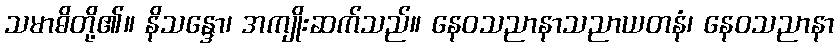
သမာဓိတို့၏။ နိသန္ဒော၊ အကျိုးဆက်သည်။ နေဝသညာနာသညာယတနံ၊ နေဝသညာနာ